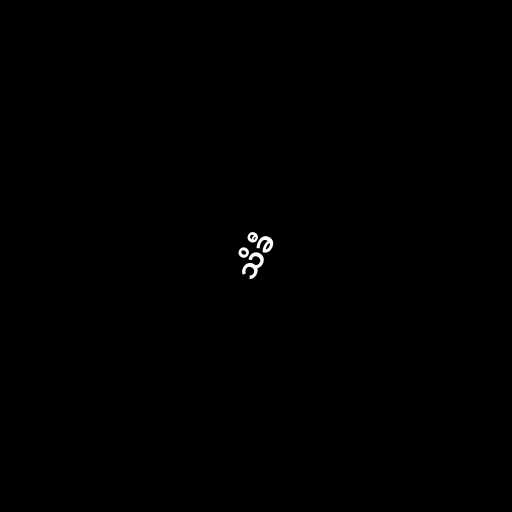
သိခီ